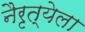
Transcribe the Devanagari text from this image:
नैरृत्येला